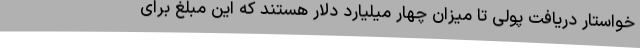
خواستار دریافت پولی تا میزان چهار میلیارد دلار هستند که این مبلغ برای